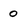
Character: 0